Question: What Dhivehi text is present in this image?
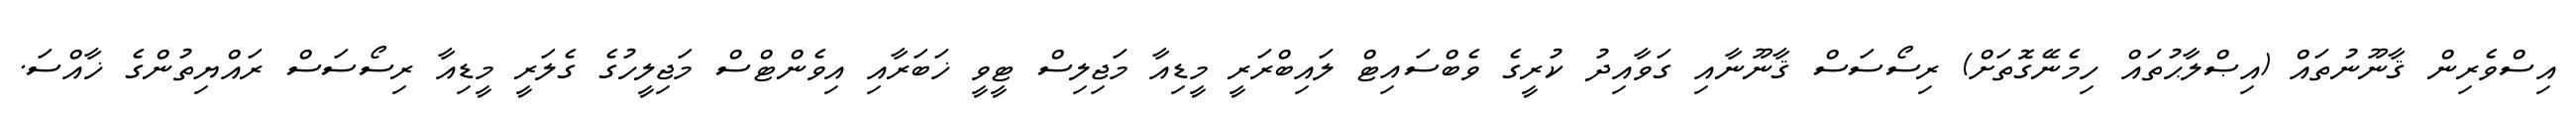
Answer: އިސްވެރިން ޤާނޫނުތައް (އިޞްލާޙުތައް ހިމެނޭގޮތަށް) ރިސޯސަސް ޤާނޫނާއި ގަވާއިދު ކުރީގެ ވެބްސައިޓް ލައިބްރަރީ މީޑިއާ މަޖިލިސް ޓީވީ ޚަބަރާއި އިވެންޓްސް މަޖިލީހުގެ ގެލަރީ މީޑިއާ ރިސޯސަސް ރައްޔިތުންގެ ޚާއްސަ.